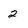
Character: 2